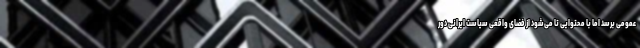
عمومی برسد اما با محتوایی تا می‌شود از فضای واقعی سیاست ایرانی دور